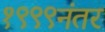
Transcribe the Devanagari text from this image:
१९९९नंतर